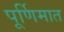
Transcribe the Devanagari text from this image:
पूर्णिमात